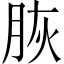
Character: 脄